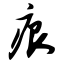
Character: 痕